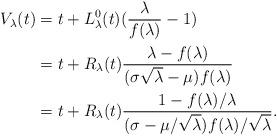
LaTeX: \begin{align*}V_\lambda (t) & = t + L_\lambda^0 (t) ( \frac{\lambda}{f(\lambda)}-1)\\ & = t + R_\lambda (t) \frac{\lambda- f(\lambda)}{(\sigma \sqrt\lambda - \mu) f(\lambda)} \\ & = t + R_\lambda (t) \frac{1- f(\lambda)/ \lambda}{ (\sigma - \mu/ \sqrt\lambda) f(\lambda) /\sqrt\lambda}.\end{align*}